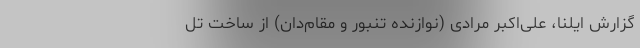
گزارش ایلنا، علی‌اکبر مرادی (نوازنده تنبور و مقام‌دان) از ساخت تل